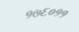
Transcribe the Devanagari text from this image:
१७६०११